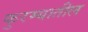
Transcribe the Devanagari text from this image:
कुरम्यातील